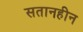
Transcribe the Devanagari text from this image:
सतानहीन